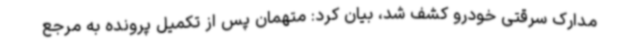
مدارک سرقتی خودرو کشف شد، بیان کرد: متهمان پس از تکمیل پرونده به مرجع